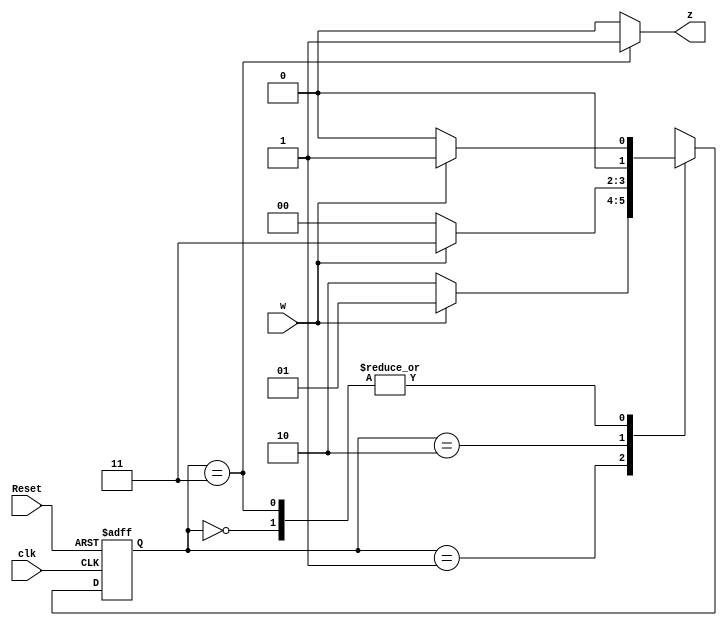
module Seq_101_moore_hw(z, w, Reset, clk);

    input w, Reset, clk;
    output z;

    reg [1:0] y;

    parameter A=2'b00, B=2'b01, C=2'b10, D=2'b11;

    always @(posedge clk or negedge Reset)

        if (!Reset) y <= A;
        else

            case (y)

                A:
                    if(w) y <= B;
                    else y <= A;

                B:
                    if(w) y <= B;
                    else y <= C;

                C:
                    if(w) y <= D;
                    else y <= A;

                D:
                    if(w) y <= B;
                    else y <= A;

                default:
                
                    y <= 2'bxx;

            endcase

    assign z = (y == D) ? 1:0;

endmodule